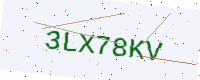
Text: 3LX78KV